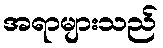
အရာများသည်